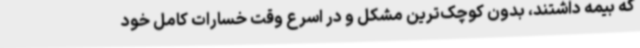
که بیمه داشتند، بدون کوچک‌ترین مشکل و در اسرع وقت خسارات کامل خود